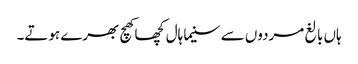
ہاں بالغ مردوں سے سنیما ہال کچھا کھچ بھرے ہوتے۔